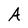
Character: A